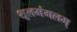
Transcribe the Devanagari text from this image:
शूलमंगलम्‌